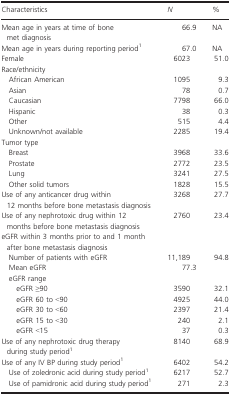
<table><thead><tr><td><b>Characteristics</b></td><td><b><i>N</i></b></td><td><b>%</b></td></tr></thead><tbody><tr><td>Mean age in years at time of bone met diagnosis</td><td>66.9</td><td>NA</td></tr><tr><td>Mean age in years during reporting period1</td><td>67.0</td><td>NA</td></tr><tr><td>Female</td><td>6023</td><td>51.0</td></tr><tr><td colspan="3">Race/ethnicity</td></tr><tr><td> African American</td><td>1095</td><td>9.3</td></tr><tr><td> Asian</td><td>78</td><td>0.7</td></tr><tr><td> Caucasian</td><td>7798</td><td>66.0</td></tr><tr><td> Hispanic</td><td>38</td><td>0.3</td></tr><tr><td> Other</td><td>515</td><td>4.4</td></tr><tr><td> Unknown/not available</td><td>2285</td><td>19.4</td></tr><tr><td colspan="3">Tumor type</td></tr><tr><td> Breast</td><td>3968</td><td>33.6</td></tr><tr><td> Prostate</td><td>2772</td><td>23.5</td></tr><tr><td> Lung</td><td>3241</td><td>27.5</td></tr><tr><td> Other solid tumors</td><td>1828</td><td>15.5</td></tr><tr><td>Use of any anticancer drug within 12 months before bone metastasis diagnosis</td><td>3268</td><td>27.7</td></tr><tr><td>Use of any nephrotoxic drug within 12 months before bone metastasis diagnosis</td><td>2760</td><td>23.4</td></tr><tr><td colspan="3">eGFR within 3 months prior to and 1 month after bone metastasis diagnosis</td></tr><tr><td> Number of patients with eGFR</td><td>11,189</td><td>94.8</td></tr><tr><td> Mean eGFR</td><td>77.3</td><td></td></tr><tr><td colspan="3"> eGFR range</td></tr><tr><td>eGFR ≥90</td><td>3590</td><td>32.1</td></tr><tr><td>eGFR 60 to &lt;90</td><td>4925</td><td>44.0</td></tr><tr><td>eGFR 30 to &lt;60</td><td>2397</td><td>21.4</td></tr><tr><td>eGFR 15 to &lt;30</td><td>240</td><td>2.1</td></tr><tr><td>eGFR &lt;15</td><td>37</td><td>0.3</td></tr><tr><td>Use of any nephrotoxic drug therapy during study period1</td><td>8140</td><td>68.9</td></tr><tr><td>Use of any IV BP during study period1</td><td>6402</td><td>54.2</td></tr><tr><td> Use of zoledronic acid during study period1</td><td>6217</td><td>52.7</td></tr><tr><td> Use of pamidronic acid during study period1</td><td>271</td><td>2.3</td></tr></tbody></table>